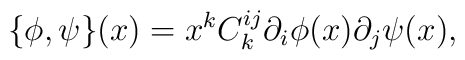
\{\phi, \psi\}(x) = x^{k}C^{ij}_{k} \partial_{i}\phi(x) \partial_{j}\psi(x),